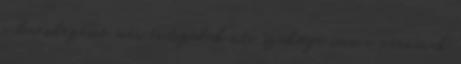
a berendezésre már évtizedek óta szüksége van a városnak